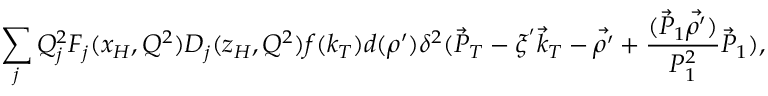
\sum _ { j } Q _ { j } ^ { 2 } F _ { j } ( x _ { H } , Q ^ { 2 } ) D _ { j } ( z _ { H } , Q ^ { 2 } ) f ( k _ { T } ) d ( \rho ^ { \prime } ) \delta ^ { 2 } ( \vec { P } _ { T } - \xi ^ { ' } { \vec { k } } _ { T } - \vec { \rho ^ { \prime } } + { \frac { ( \vec { P } _ { 1 } \vec { \rho ^ { \prime } } ) } { P _ { 1 } ^ { 2 } } } \vec { P } _ { 1 } ) ,